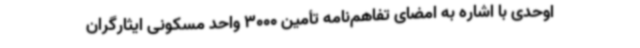
اوحدی با اشاره به امضای تفاهم‌نامه تأمین 3000 واحد مسکونی ایثارگران